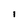
Character: I